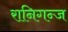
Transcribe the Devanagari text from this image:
रानिगन्ज